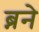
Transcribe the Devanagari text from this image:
ब्नने